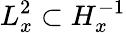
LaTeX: L_{x}^{2}\subset H_{x}^{-1}